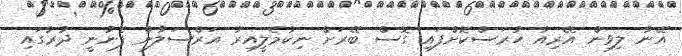
އޭނާ ލިވިން އޭރިއާ ހުރަސްކޮށްފައި ގޮސް ބޭރަށް ނިކުމެލީއިރު އަރްސަލާން ފެނުނީ ދުރުގައި